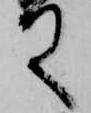
殿